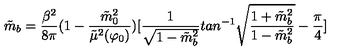
\tilde { m } _ { b } = { \frac { \beta ^ { 2 } } { 8 \pi } } ( 1 - { \frac { \tilde { m } _ { 0 } ^ { 2 } } { \tilde { \mu } ^ { 2 } ( \varphi _ { 0 } ) } } ) [ { \frac { 1 } { \sqrt { 1 - \tilde { m } _ { b } ^ { 2 } } } } t a n ^ { - 1 } \sqrt { { \frac { 1 + \tilde { m } _ { b } ^ { 2 } } { 1 - \tilde { m } _ { b } ^ { 2 } } } } - { \frac { \pi } { 4 } } ]